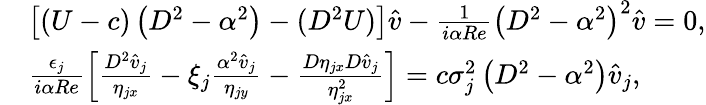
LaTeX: \begin{array}{rl}&{\left[\left({U}-c\right)\left(D^{2}-\alpha^{2}\right)-(D^{2}{U})\right]\widehat{v}-\frac{1}{i\alpha Re}\left(D^{2}-\alpha^{2}\right)^{2}\widehat{v}=0,}\\ &{\frac{\epsilon_{j}}{i\alpha Re}\left[\frac{D^{2}\widehat{v}_{j}}{\eta_{jx}}-\xi_{j}\frac{\alpha^{2}\widehat{v}_{j}}{\eta_{jy}}-\frac{D\eta_{jx}D\widehat{v}_{j}}{\eta_{jx}^{2}}\right]=c\sigma_{j}^{2}\left(D^{2}-\alpha^{2}\right)\widehat{v}_{j},}\end{array}